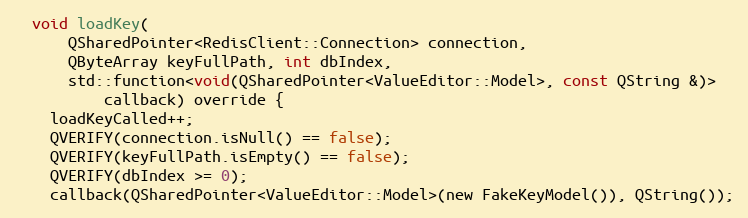
Language: C
  void loadKey(
      QSharedPointer<RedisClient::Connection> connection,
      QByteArray keyFullPath, int dbIndex,
      std::function<void(QSharedPointer<ValueEditor::Model>, const QString &)>
          callback) override {
    loadKeyCalled++;
    QVERIFY(connection.isNull() == false);
    QVERIFY(keyFullPath.isEmpty() == false);
    QVERIFY(dbIndex >= 0);
    callback(QSharedPointer<ValueEditor::Model>(new FakeKeyModel()), QString());